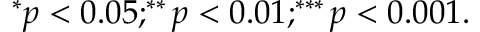
^ { * } p < 0 . 0 5 ; ^ { * * } p < 0 . 0 1 ; ^ { * * * } p < 0 . 0 0 1 .